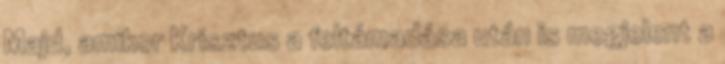
Majd, amikor Krisztus a feltámadása után is megjelent a